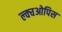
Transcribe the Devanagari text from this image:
ल्क्चओपिस